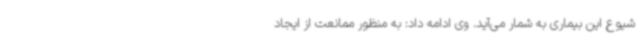
شیوع این بیماری به شمار می‌آید. وی ادامه داد: به منظور ممانعت از ایجاد